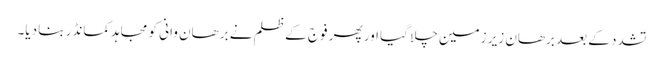
تشدد کے بعد برھان زیر زمین چلا گیا اور پھر فوج کے ظلم نے برھان وانی کو مجاہدکمانڈر بنا دیا۔